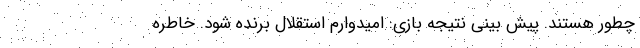
چطور هستند. پیش بینی نتیجه بازی: امیدوارم استقلال برنده شود. خاطره